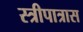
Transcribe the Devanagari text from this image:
स्त्रीपात्रास